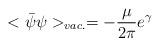
LaTeX: \begin{align*}<\bar{\psi}\psi>_{vac.} = - \frac{\mu}{2\pi}e^{\gamma}\end{align*}